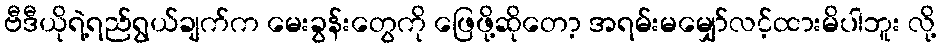
ဗီဒီယိုရဲ့ရည်ရွယ်ချက်က မေးခွန်းတွေကို ဖြေဖို့ဆိုတော့ အရမ်းမမျှော်လင့်ထားမိပါဘူး လို့